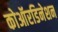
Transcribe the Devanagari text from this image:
कोऑरडिनेशन